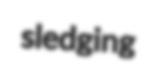
sledging